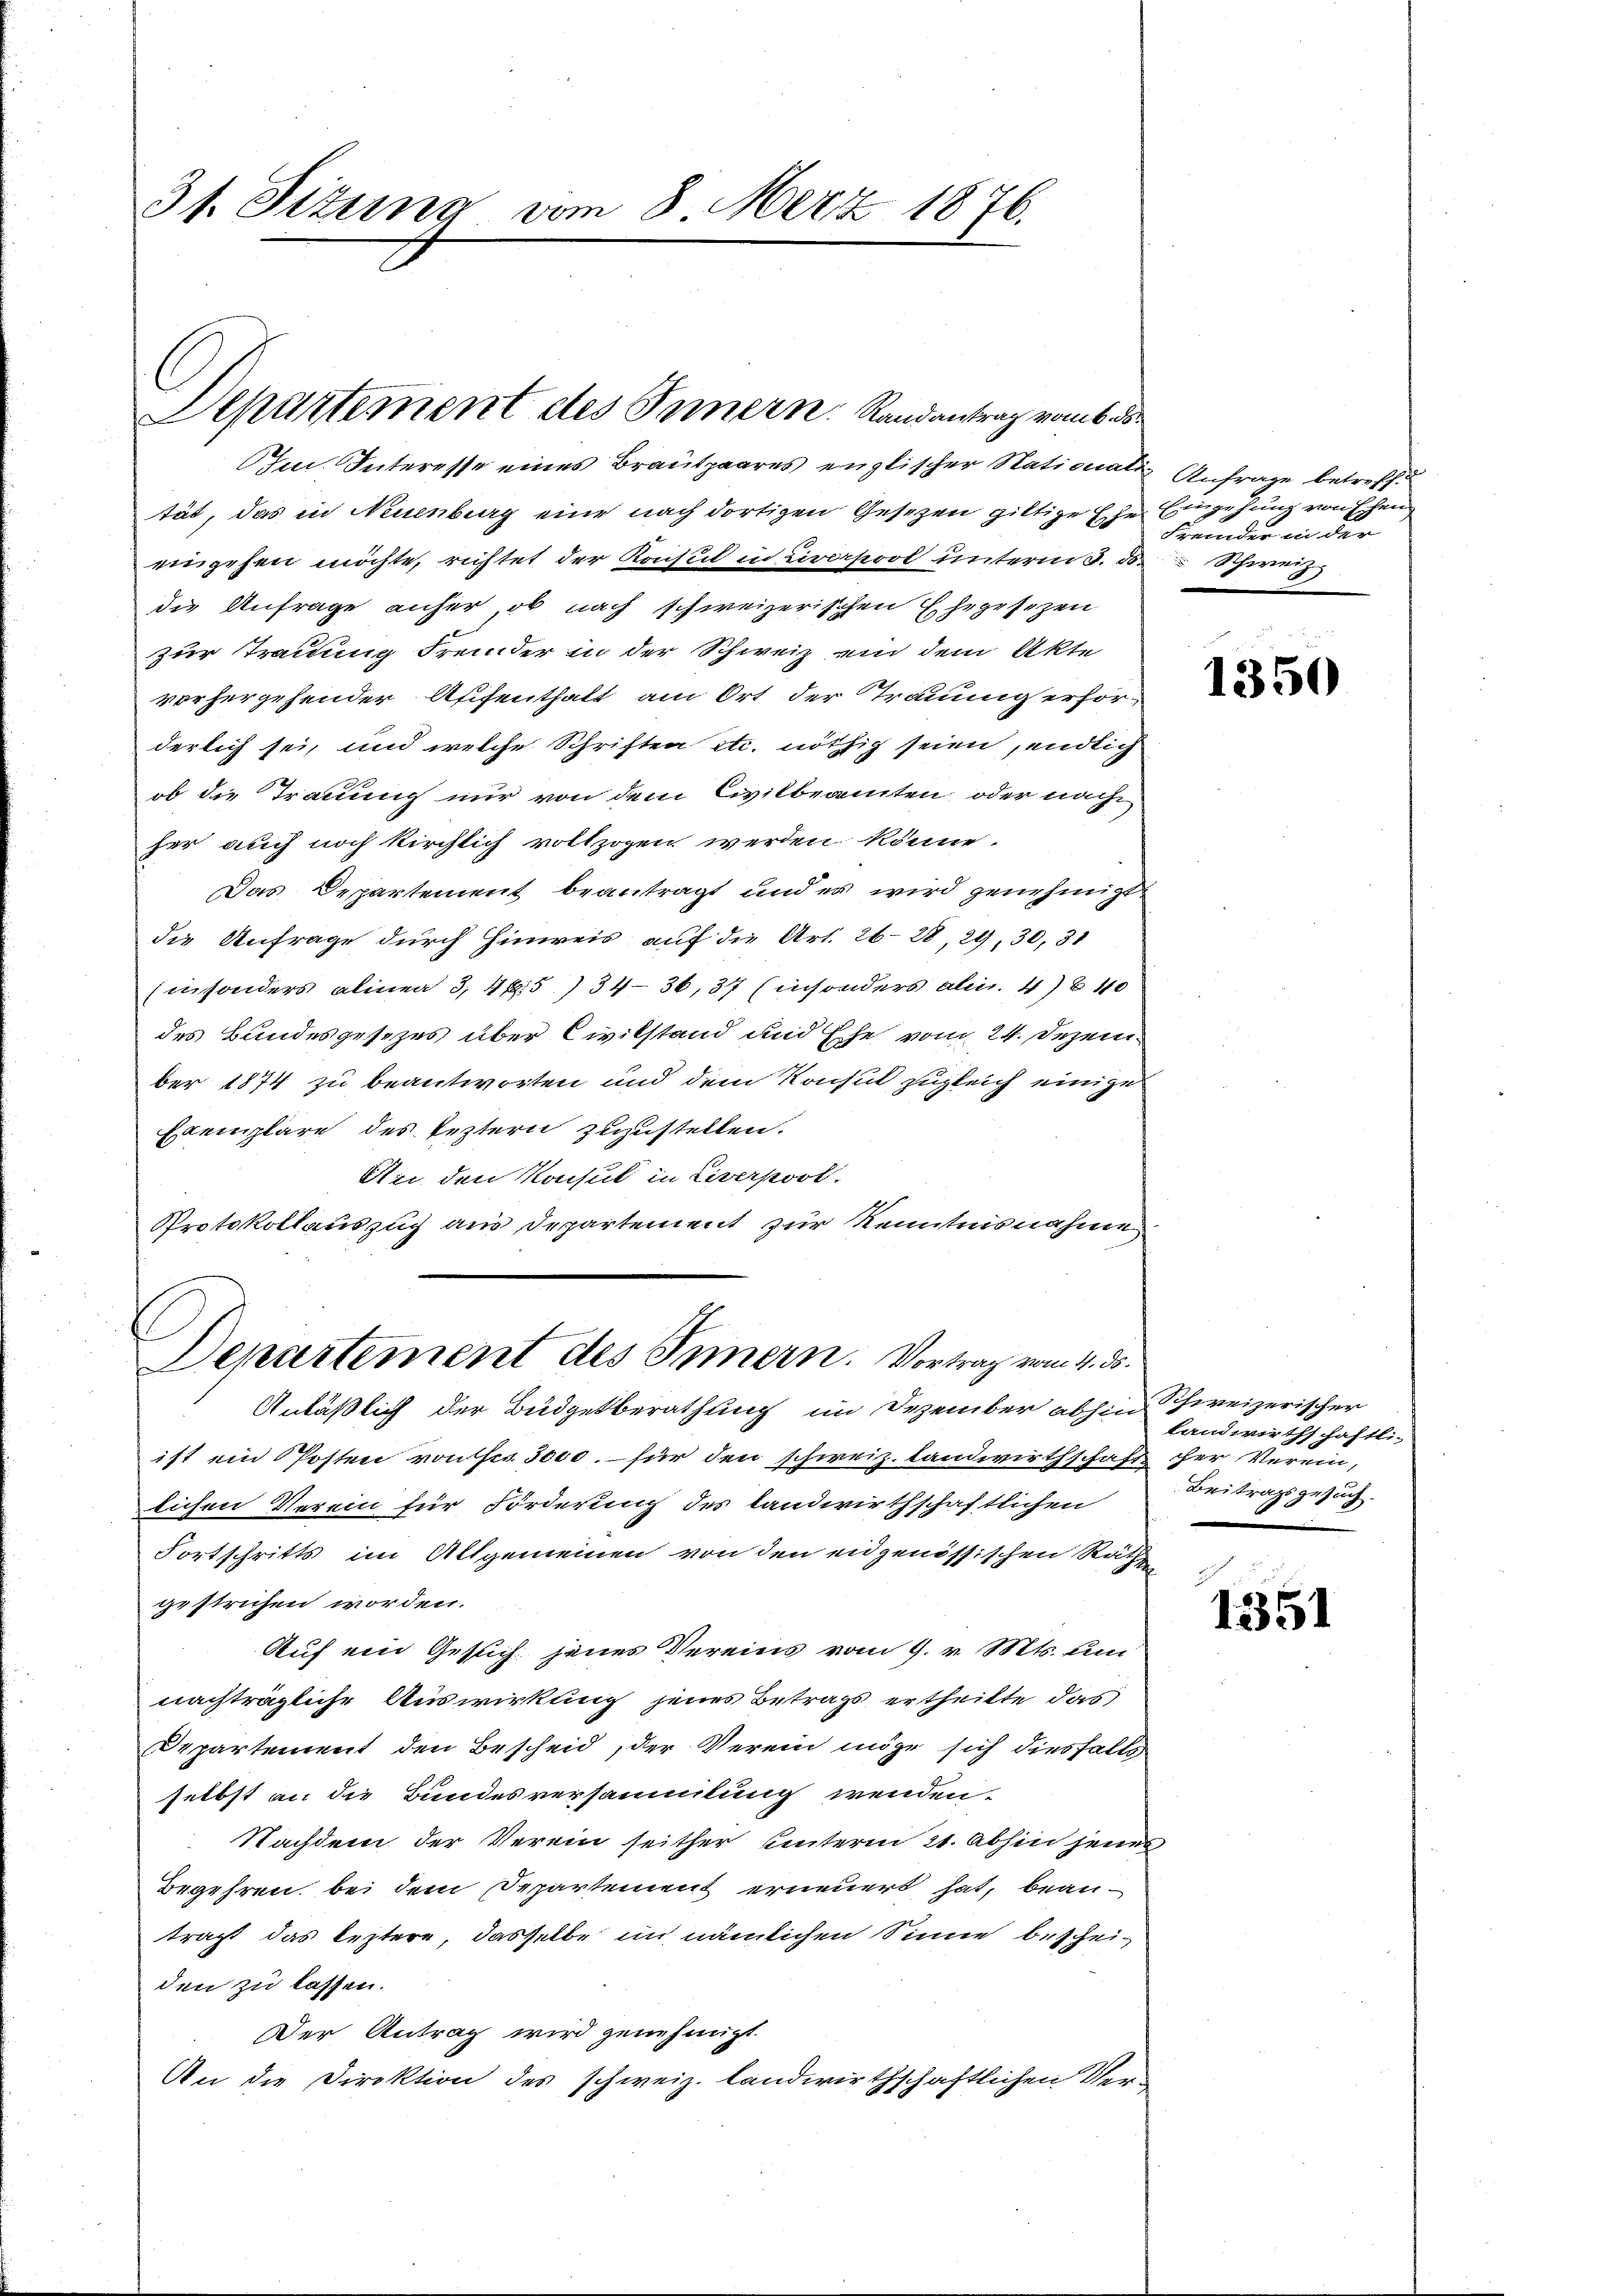
31. Sitzung vom 8. Merz 1876.

Departement des Innern. Randantrag vom 6.

Im Interesse eines Brautpaares englischer Nationati Anfrage betreff
tät, das in Neuenburg eine nach dortigen Gesetzen giltige Ehe Eingehung von Ehen
eingehen möchte, richtet der Konsul in Liverpool unterm 8. d. Schweiz
die Anfrage anher, ob nach schweizerischen Ehegesezen
zur Trauung fremder in der Schweiz ein dem Akte
vorhergehender Affenthalt am Ort der Trauung erfor-
derlich sei, und welche Schriften etc. nöthig seien, endlich
ob die Trauung nur von dem Civilbeamten, oder nach
her auch noch kirchlich vollzogen werden könne.
Das Departement beantragt und er wird genehmigt
die Anfrage durch Hinweis auf die Art. 2628, 29, 30, 31
Ein sonders alinea 3, 45) 34—36, 37 (insonders alii. 4) 40
des Bundesgesezes über Civilstand und Ehe vom 24. Dezem
ber 1874 zu beantworten und dem Konsul zugleich einige
Exemplare des leztern zuzustellen.
An den Konsul in Liverpost.
Protokollauszug aus Departement zur Kenntnisnahme
b
Departement des Innern. Vortrag vom 11. ds.
Anläßlich der Büdgetberathung im Dezember abhin Schweizerischer
ist ein Posten von Fr. 3000. für den schweiz. landwirthschaft her Verein,
lichen Verein für Forderung des Landwirthschaftlichen
Fortschritts im Altgemeinen von den eidgenössischen Rath
gestrichen worden.
Auf ein Gesuch jenes Vereins vom 9. v. Mts. um
nachträgliche Auswirkung jenes Betrags ertheilte das
Departement den Bescheid, der Verein möge sich diesfalls
selbst an die Bundesversammlung wenden.
Nachdem der Verein seither unterm 21. abhin jenes
Begehren bei dem Departement erneuert hat, beantragt das leztere, dasselbe im nämlichen Sinne bescheiden zu lassen.
Der Antrag wird zunehmigt.
An die Direktion des schweiz. landwirthschaftlichen Ver¬

Fremder in der

1350

Landwirthschaftli-
Beitragsgesuch.

1351